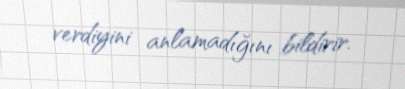
verdiyini anlamadığını bildirir.